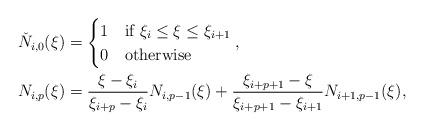
LaTeX: \begin{align*} \check{N}_{i,0}(\xi) &=\begin{cases} 1 & \mbox{if }\xi_{i}\leq \xi \leq \xi_{i+1}\\ 0 & \mbox{otherwise} \end{cases},\\ N_{i,p}(\xi)&= \frac{\xi-\xi_{i}}{\xi_{i+p}-\xi_{i}}N_{i,p-1}(\xi) + \frac{\xi_{i+p+1}-\xi}{\xi_{i+p+1}-\xi_{i+1}}N_{i+1,p-1}(\xi), \end{align*}